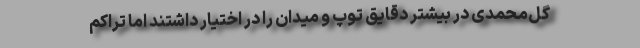
گل‌محمدی در بیشتر دقایق توپ و میدان را در اختیار داشتند اما تراکم